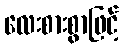
လေးစားစွာဖြင့်